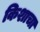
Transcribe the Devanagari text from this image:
किशाचा